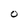
Character: 0